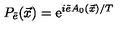
P _ { \tilde { e } } ( \vec { x } ) = \mathrm { e } ^ { i \tilde { e } A _ { 0 } ( \vec { x } ) / T }